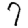
Digit: 7